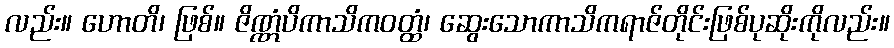
လည်း။ ဟောတိ၊ ဖြစ်။ ဇိဏ္ဏံပိကာသိကဝတ္ထံ၊ ဆွေးသောကာသိကရာဇ်တိုင်းဖြစ်ပုဆိုးကိုလည်း။